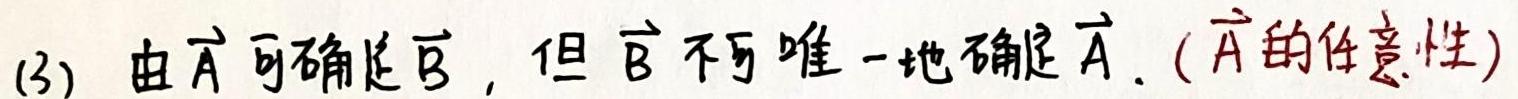
(3) 由$\overrightarrow{A}$可确定$\overrightarrow{B}$，但$\overrightarrow{B}$不可唯一地确定$\overrightarrow{A}$.（$\overrightarrow{A}$的任意性）